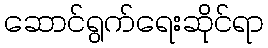
ဆောင်ရွက်ရေးဆိုင်ရာ